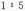
1：5